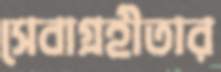
সেবাগ্রহীতার